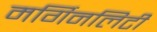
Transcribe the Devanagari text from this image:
मर्गिनलिटी